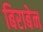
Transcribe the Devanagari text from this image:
बिराबेन